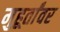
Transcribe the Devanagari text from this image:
मुहूर्तांवर